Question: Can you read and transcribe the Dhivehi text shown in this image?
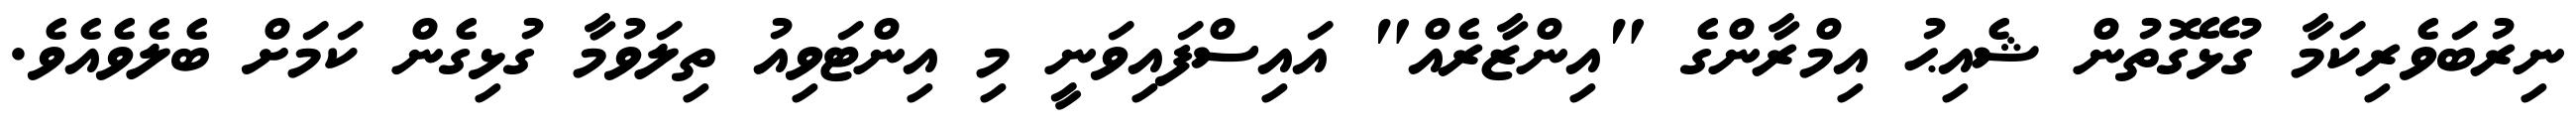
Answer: ނިރުބަވެރިކަމާ ގުޅޭގޮތުން ޝެއިޙު އިމްރާންގެ "އިންޒާރެއް" އައިސްފައިވަނީ މި އިންޓަވިއު ތިލަވުމާ ގުޅިގެން ކަމަށް ބެލެވެއެވެ.